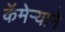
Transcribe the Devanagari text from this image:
कॅमेऱ्याने